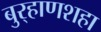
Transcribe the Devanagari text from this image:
बुर्‍हाणशहा